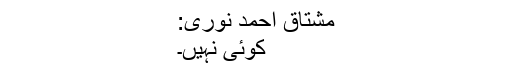
مشتاق احمد نوری:
کوئی نہیں۔